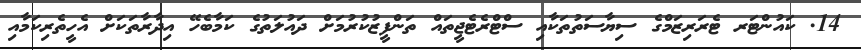
14. ކައުންޓަރ ޓެރަރިޒަމްގެ ސިޔާސަތުތަކާއި ސްޓްރެޓެޖީތައް ތަންފީޒުކުރުމަށް ދައުލަތުގެ ކަމާބެހޭ އިދާރާތަކަށް އެހީތެރިކަމާއި